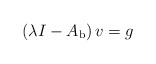
\begin{align*} \left(\lambda I-A_{\mathrm{b}}\right)v = g \end{align*}